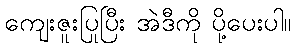
ကျေးဇူးပြုပြီး အဲဒီကို ပို့ပေးပါ။